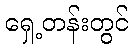
ရှေ့တန်းတွင်